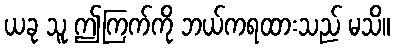
ယခု သူ ဤကြက်ကို ဘယ်ကရထားသည် မသိ။